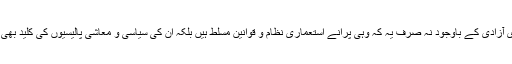
جس کا نتیجہ یہ ہے کہ ان ممالک پر ظاہری آزادی کے باوجود نہ صرف یہ کہ وہی پرانے استعماری نظام و قوانین مسلط ہیں بلکہ ان کی سیاسی و معاشی پالیسیوں کی کلید بھی ابھی تک استعماری آقاؤں کے ہاتھ میں ہے۔